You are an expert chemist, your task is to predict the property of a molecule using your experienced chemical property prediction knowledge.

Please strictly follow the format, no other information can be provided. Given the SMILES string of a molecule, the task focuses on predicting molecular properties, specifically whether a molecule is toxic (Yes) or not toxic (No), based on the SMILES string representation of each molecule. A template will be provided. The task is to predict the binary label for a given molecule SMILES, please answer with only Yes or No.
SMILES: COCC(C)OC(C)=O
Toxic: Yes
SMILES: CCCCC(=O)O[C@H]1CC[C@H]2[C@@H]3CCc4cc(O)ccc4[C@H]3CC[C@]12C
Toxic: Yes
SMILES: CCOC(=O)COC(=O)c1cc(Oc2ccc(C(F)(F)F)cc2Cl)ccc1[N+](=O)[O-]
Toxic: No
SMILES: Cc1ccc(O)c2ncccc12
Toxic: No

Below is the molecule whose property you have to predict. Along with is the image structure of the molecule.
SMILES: O=P(OC(CCl)CCl)(OC(CCl)CCl)OC(CCl)CCl
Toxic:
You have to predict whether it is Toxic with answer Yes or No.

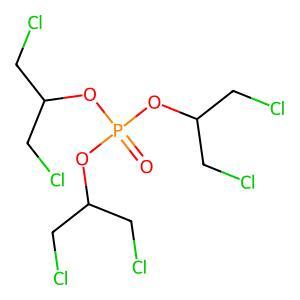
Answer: No